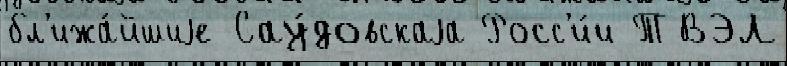
бл'ижа́йшиjе Сау́довскаjа Росс'и́и ТВЭЛ